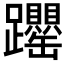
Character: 𬧝